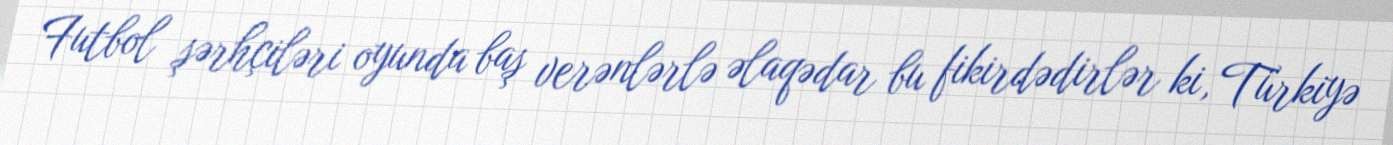
Futbol şərhçiləri oyunda baş verənlərlə əlaqədar bu fikirdədirlər ki, Türkiyə